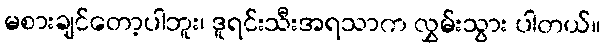
မစားချင်တော့ပါဘူး၊ ဒူရင်းသီးအရသာက လွှမ်းသွား ပါတယ်။